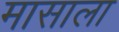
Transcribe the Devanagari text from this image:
मासाला